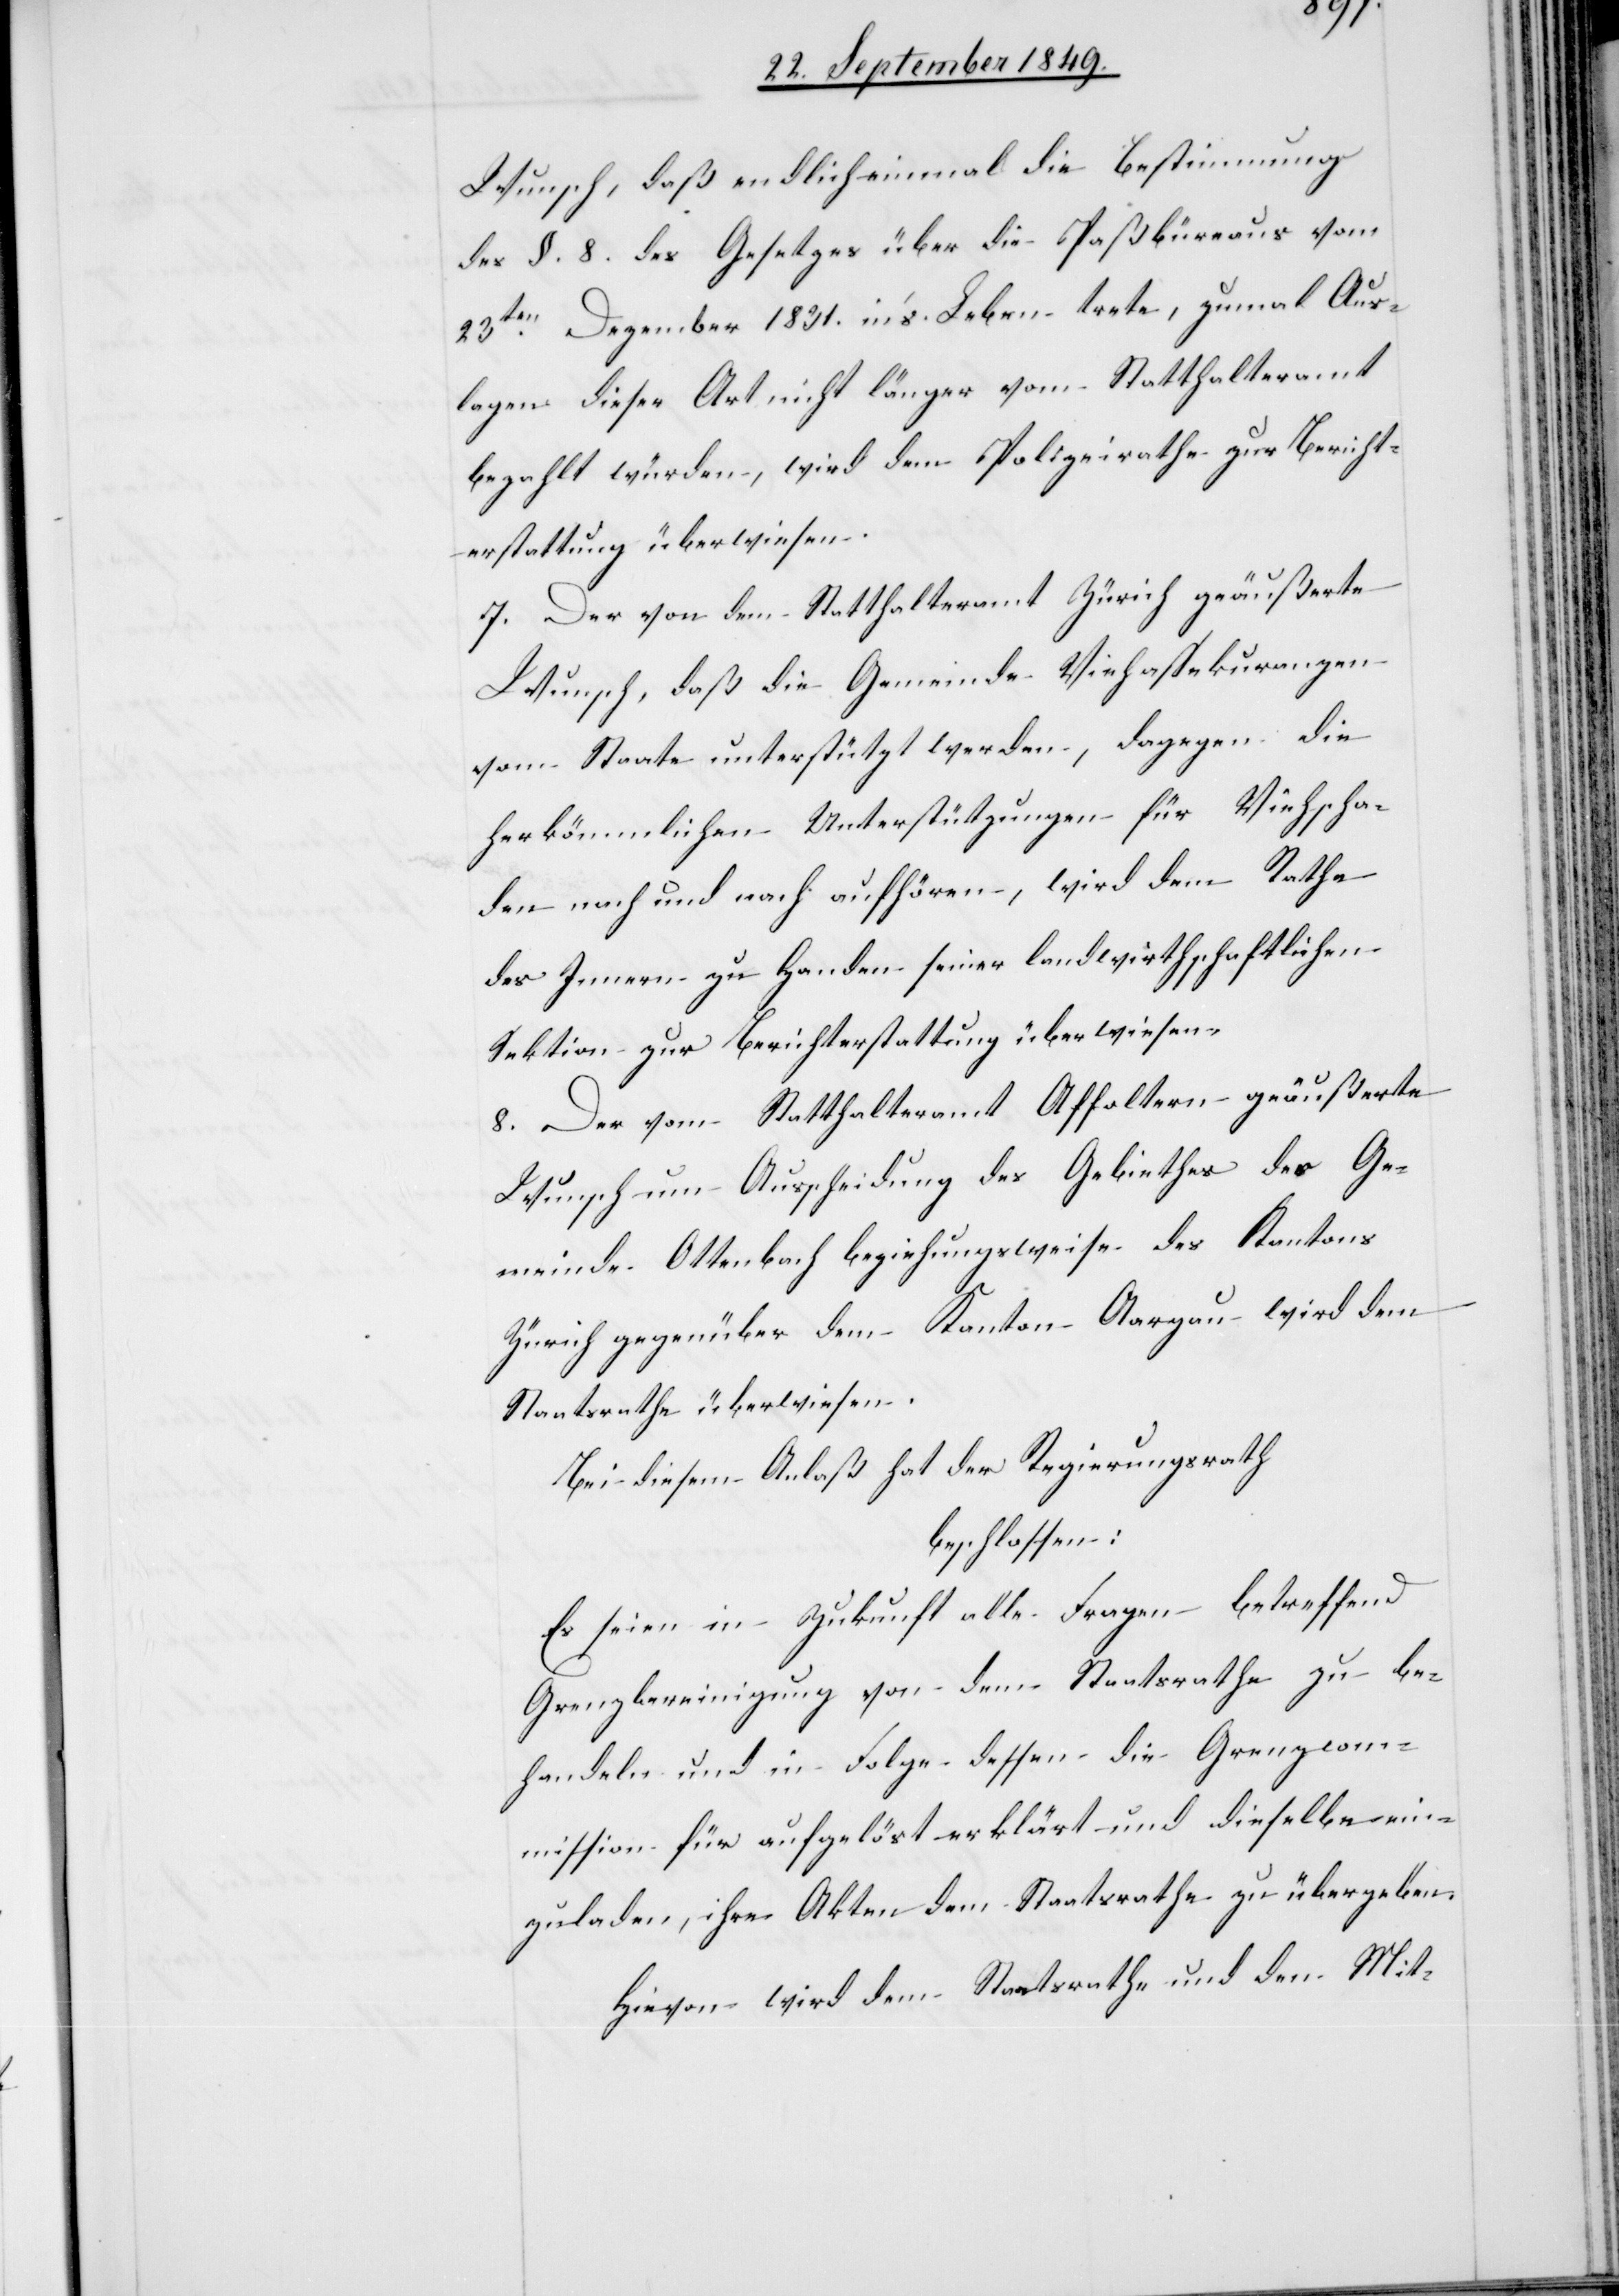
Wunsch, daß endlich einmal die Bestimmung
des §. 8. des Gesetzes über die Paßbüreaus vom
23ten Dezember 1831. in’s Leben trete, zumal Aus¬
lagen dieser Art nicht länger vom Statthalteramt
bezahlt würden, wird dem Polizeirathe zur Bericht¬
erstattung überwiesen.
7. Der von dem Statthalteramt Zürich geäußerte
Wunsch, daß die Gemeinde[-]Viehassekuranzen
vom Staate unterstützt werden, dagegen die
herkömmlichen Unterstützungen für Viehscha¬
den nach und nach aufhören, wird dem Rathe
des Innern zu Handen seiner landwirthschaftlichen
Sektion zur Berichterstattung überwiesen.
8. Der vom Statthalteramt Affoltern geäußerte
Wunsch um Ausscheidung des Gebiethes der Ge¬
meinde Ottenbach beziehungsweise des Kantons
Zürich gegenüber dem Kanton Aargau wird dem
Staatsrathe überwiesen.
Bei diesem Anlaß hat der Regierungsrath
beschlossen:
Es seien in Zukunft alle Fragen betreffend
Grenzbereinigung von dem Staatsrathe zu be¬
handeln und in Folge dessen die Grenzcom¬
mission für aufgelöst erklärt und dieselbe ein¬
zuladen, ihre Akten dem Staatsrathe zu übergeben.
Hievon wird dem Staatsrathe und dem Mit-